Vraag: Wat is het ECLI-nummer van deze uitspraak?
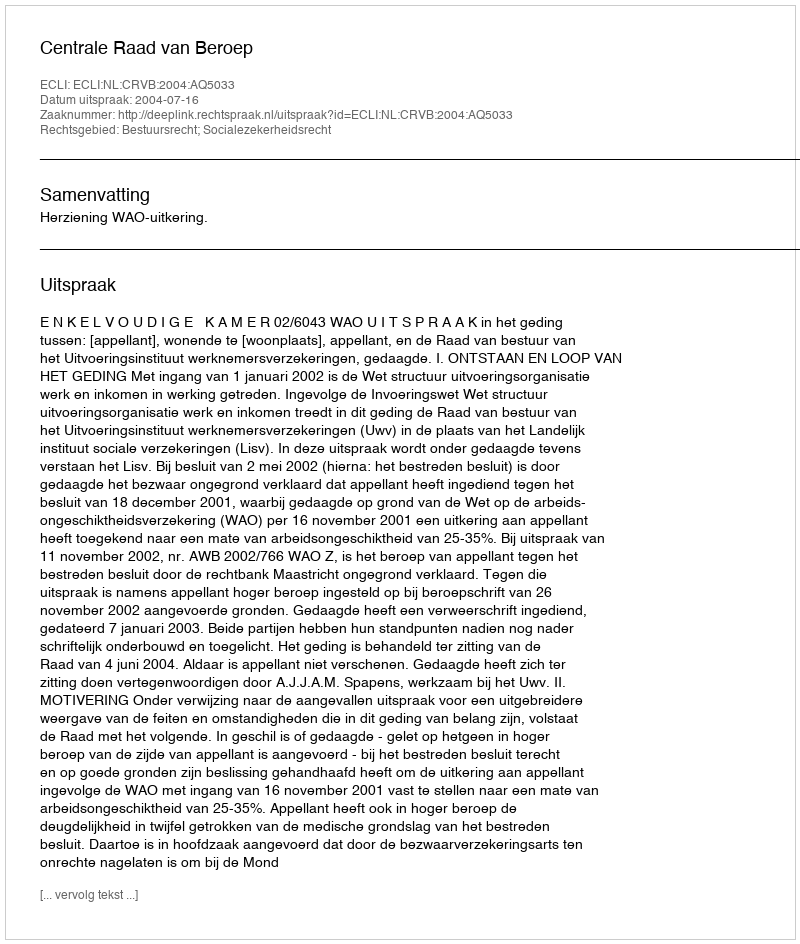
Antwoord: ECLI:NL:CRVB:2004:AQ5033